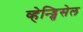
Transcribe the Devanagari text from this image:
व्हेन्ड्सिसेल